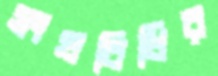
সংঘবিধির